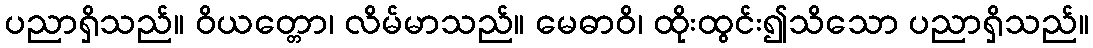
ပညာရှိသည်။ ဝိယတ္တော၊ လိမ်မာသည်။ မေဓာဝိ၊ ထိုးထွင်း၍သိသော ပညာရှိသည်။